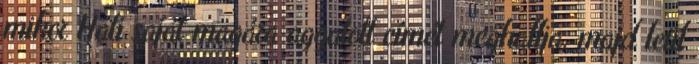
mikor Hati saját magára aggatott címét meghallja, majd leül